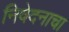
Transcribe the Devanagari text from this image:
निवेदनाचा